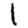
Digit: 1